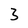
Character: 3